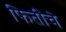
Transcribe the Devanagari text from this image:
फितीचे